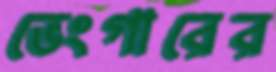
ভেংগারের